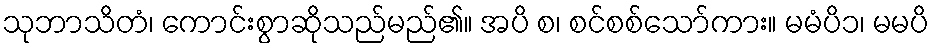
သုဘာသိတံ၊ ကောင်းစွာဆိုသည်မည်၏။ အပိ စ၊ စင်စစ်သော်ကား။ မမံပိ၁၊ မမပိ